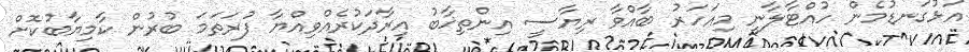
އަޅުގަނޑުމެން ހުއްޓާލާނީ މިއަހަރު ބާއްވާ ރިޔާސީ އިންތިޚާބު އިރާދަކުރެއްވިއްޔާ ފުރަތަމަ ބުރުން ކާމިޔާބުކޮށް